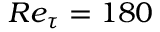
R e _ { \tau } = 1 8 0